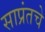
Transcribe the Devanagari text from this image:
साप्रंतचे